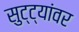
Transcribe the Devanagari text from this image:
सुट्ट्यांवर